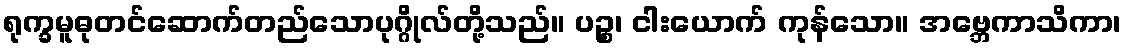
ရုက္ခမူဓုတင်ဆောက်တည်သောပုဂ္ဂိုလ်တို့သည်။ ပဉ္စ၊ ငါးယောက် ကုန်သော။ အဗ္ဘေကာသိကာ၊